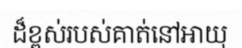
ដ៏ខ្ពស់របស់គាត់នៅអាយុ